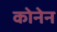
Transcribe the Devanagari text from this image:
कोनेन